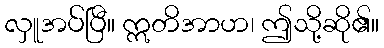
လှူအပ်ပြီ။ ဣတိအာဟ၊ ဤသို့ဆို၏။